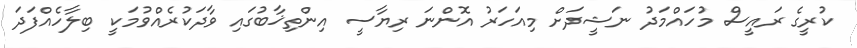
ކުރީގެ ރައީސް މުހައްމަދު ނަޝީދަށް މިއަހަރު އޮންނަ ރިޔާސީ އިންތިޚާބުގައި ވާދަކުރެއްވުމަކީ ބިލާހެއްފަދަ